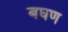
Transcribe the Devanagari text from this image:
बघण